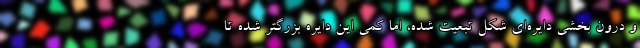
و درون بخشی دایره‌ای شکل تبعیت شده، اما کمی این دایره بزرگتر شده تا